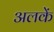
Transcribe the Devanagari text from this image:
अलकें